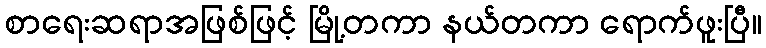
စာရေးဆရာအဖြစ်ဖြင့် မြို့တကာ နယ်တကာ ရောက်ဖူးပြီ။